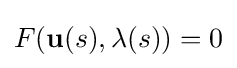
F(\mathbf {u} (s),\lambda (s))=0